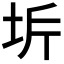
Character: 𭎋